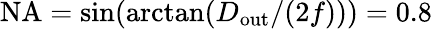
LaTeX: \mathrm{NA}=\sin(\arctan(D_{\mathrm{out}}/(2f)))=0.8